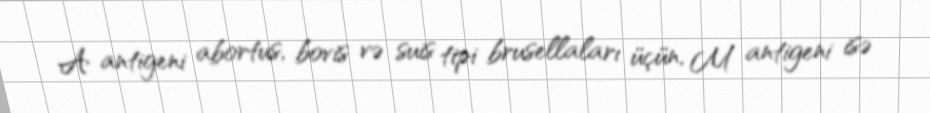
A antigeni abortus, bovis və suis tipi brusellaları üçün, M antigeni isə